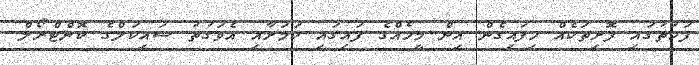
ފަހަތުގައި ފޮށިތަކެއް ހިފައިގެން އިން މީހެއްގެ ފައިގައި ކަމަށާއި އެވަގުތު ސައިކަލްގެ ކޮންޓްރޯލް